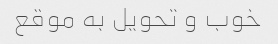
خوب و تحویل به موقع